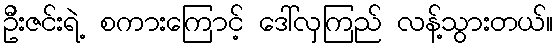
ဦးဇင်းရဲ့ စကားကြောင့် ဒေါ်လှကြည် လန့်သွားတယ်။